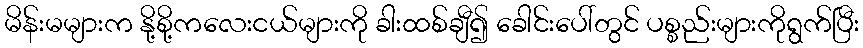
မိန်းမများက နို့စို့ကလေးငယ်များကို ခါးထစ်ချီ၍ ခေါင်းပေါ်တွင် ပစ္စည်းများကိုရွက်ပြီး